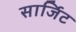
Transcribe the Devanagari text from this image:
सार्जिट